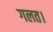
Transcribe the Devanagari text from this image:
गलत।